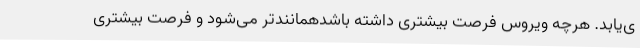
ی‌یابد. هرچه ویروس فرصت بیشتری داشته باشدهمانندتر می‌شود و فرصت بیشتری